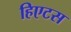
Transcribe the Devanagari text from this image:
हिएटस